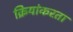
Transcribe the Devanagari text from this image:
क्रियांकरता